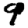
Digit: 9